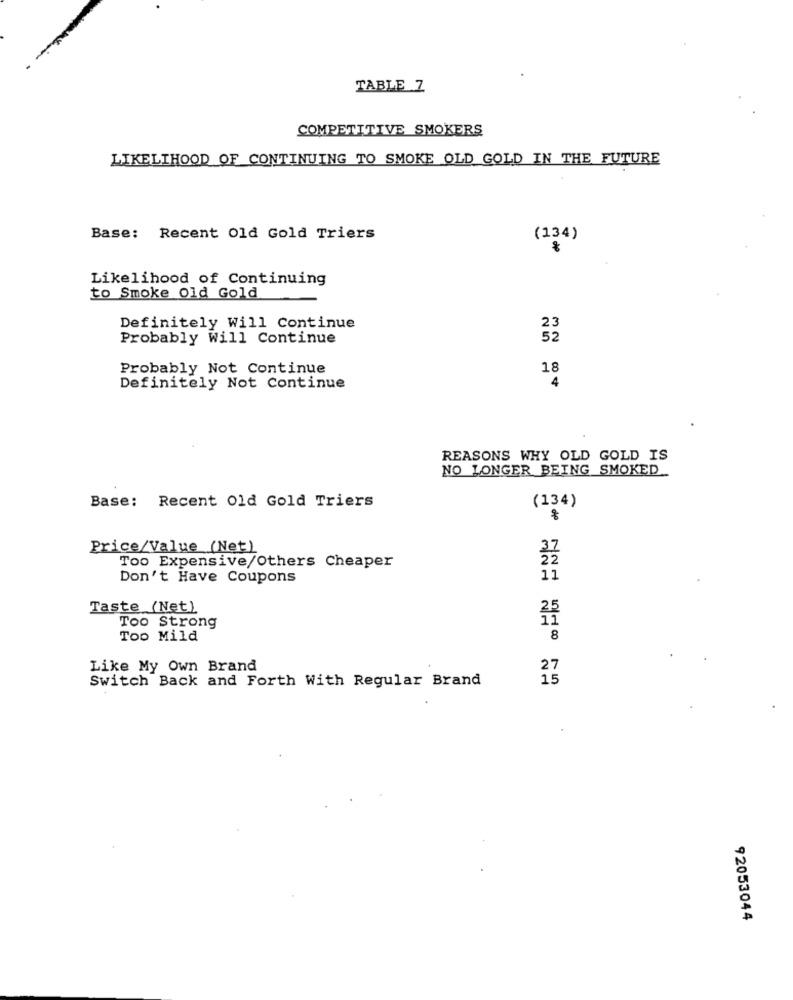
TABLE 7
COMPETITIVE SMOKERS
LIKELIHOOD OF CONTINUING TO SMOKE OLD GOLD IN THE FUTURE
Base: Recent Old Gold Triers
(134)
Likelihood of Continuing
to Smoke Old Gold
Definitely Will Continue
Probably Will Continue
Probably Not Continue
18
Definitely Not Continue
4
REASONS WHY OLD GOLD IS
NO LONGER BEING SMOKED.
Base: Recent Old Gold Triers
(134)
Price/Value (Net)
Too Expensive/Others Cheaper
Don't Have Coupons
11
Taste (Net)
Too Strong
Too Mild
8
Like My Own Brand
Switch Back and Forth With Regular Brand
15
92053044